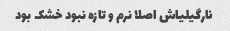
نارگیلیاش اصلا نرم و تازه نبود خشک بود